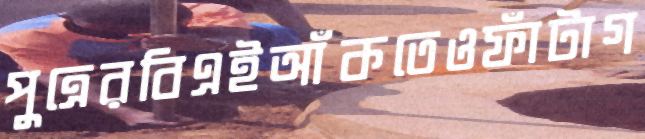
পুত্রেরবিএইআঁকতেওফাঁটাগ